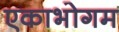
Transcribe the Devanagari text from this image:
एकाभोगम